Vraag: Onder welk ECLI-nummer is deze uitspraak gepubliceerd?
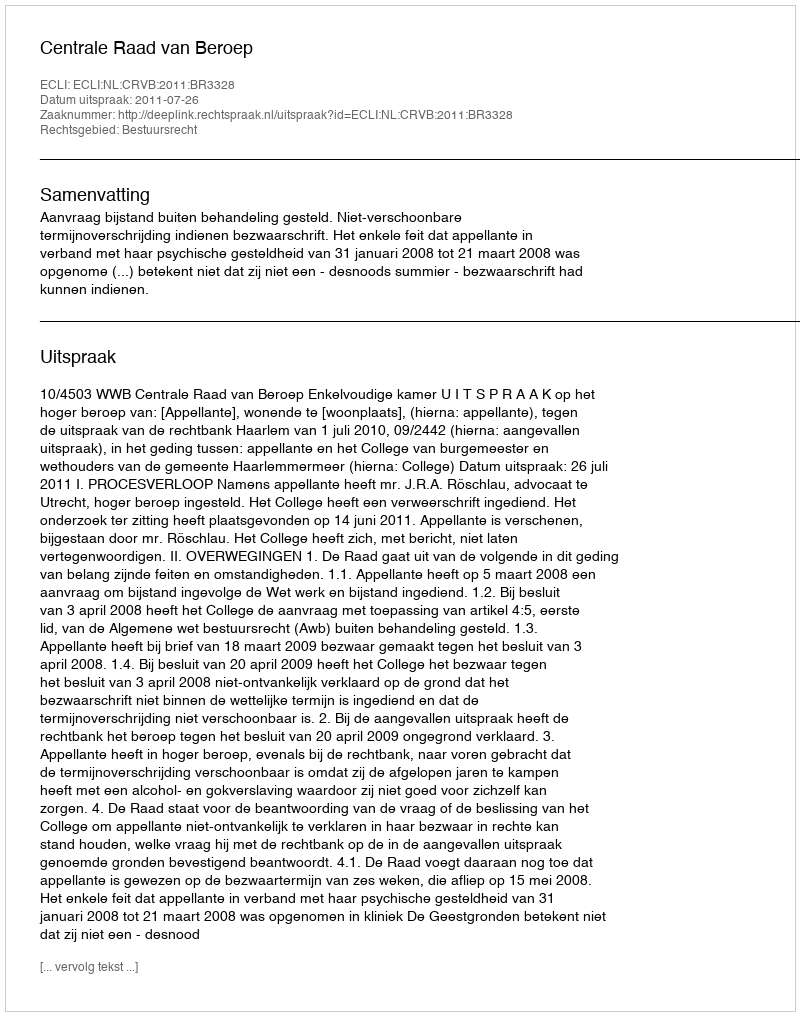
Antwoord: ECLI:NL:CRVB:2011:BR3328